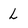
Character: L